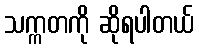
သက္ကတကို ဆိုရပါတယ်